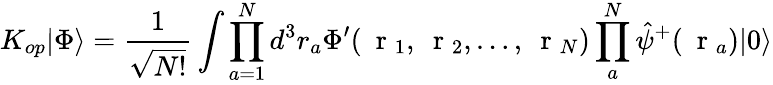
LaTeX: K_{op}|\Phi\rangle=\frac{1}{\sqrt{N!}}\int\prod_{a=1}^{N}d^{3}r_{a}\Phi^{\prime}(\mathrm{~\mathbf~r~}_{1},\mathrm{~\mathbf~r~}_{2},\dots,\mathrm{~\mathbf~r~}_{N})\prod_{a}^{N}\hat{\psi}^{+}(\mathrm{~\mathbf~r~}_{a})|0\rangle